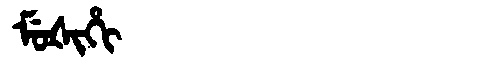
Manchu: ᠮᡠᡧᡳᡥᡳ
Romanization: MUŠIHI